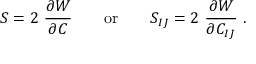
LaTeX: { \boldsymbol { S } } = 2 ~ { \frac { \partial W } { \partial { \boldsymbol { C } } } } \qquad { \mathrm { o r } } \qquad S _ { I J } = 2 ~ { \frac { \partial W } { \partial C _ { I J } } } ~ .